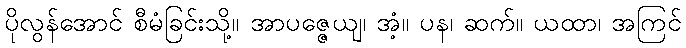
ပိုလွန်အောင် စီမံခြင်းသို့။ အာပဇ္ဇေယျ၊ အံ့။ ပန၊ ဆက်။ ယထာ၊ အကြင်